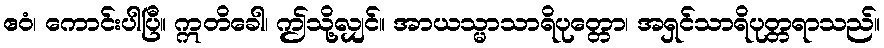
ဧဝံ၊ ကောင်းပါပြီ။ ဣတိခေါ၊ ဤသို့လျှင်။ အာယသ္မာသာရိပုတ္တော၊ အရှင်သာရိပုတ္တရာသည်။